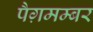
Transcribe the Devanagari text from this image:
पैग़मम्बर